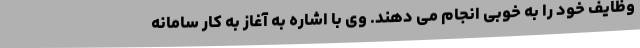
وظایف خود را به خوبی انجام می دهند. وی با اشاره به آغاز به کار سامانه